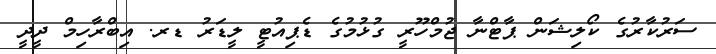
ސަރުކާރުގެ ކޯލިޝަން ޕާޓްނާ ޖުމްހޫރީ ގުޅުމުގެ ޑެޕިއުޓީ ލީޑަރު ޑރ. އިބްރާހިމް ދީދީ